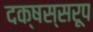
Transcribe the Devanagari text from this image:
दक्षस्सरूप